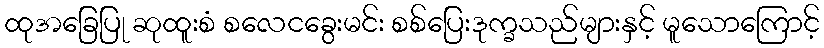
ထုအခြေပြု ဆုထူးစံ စလေငခွေးမင်း စစ်ပြေးဒုက္ခသည်များနှင့် မူသောကြောင့်